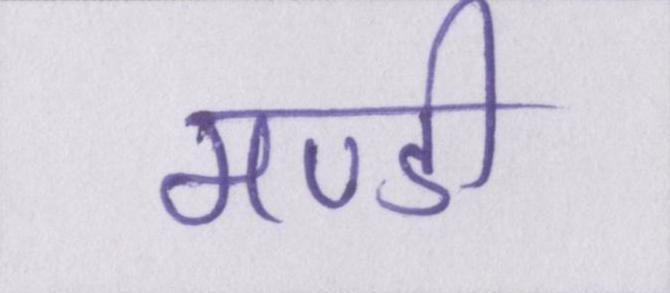
मण्डी